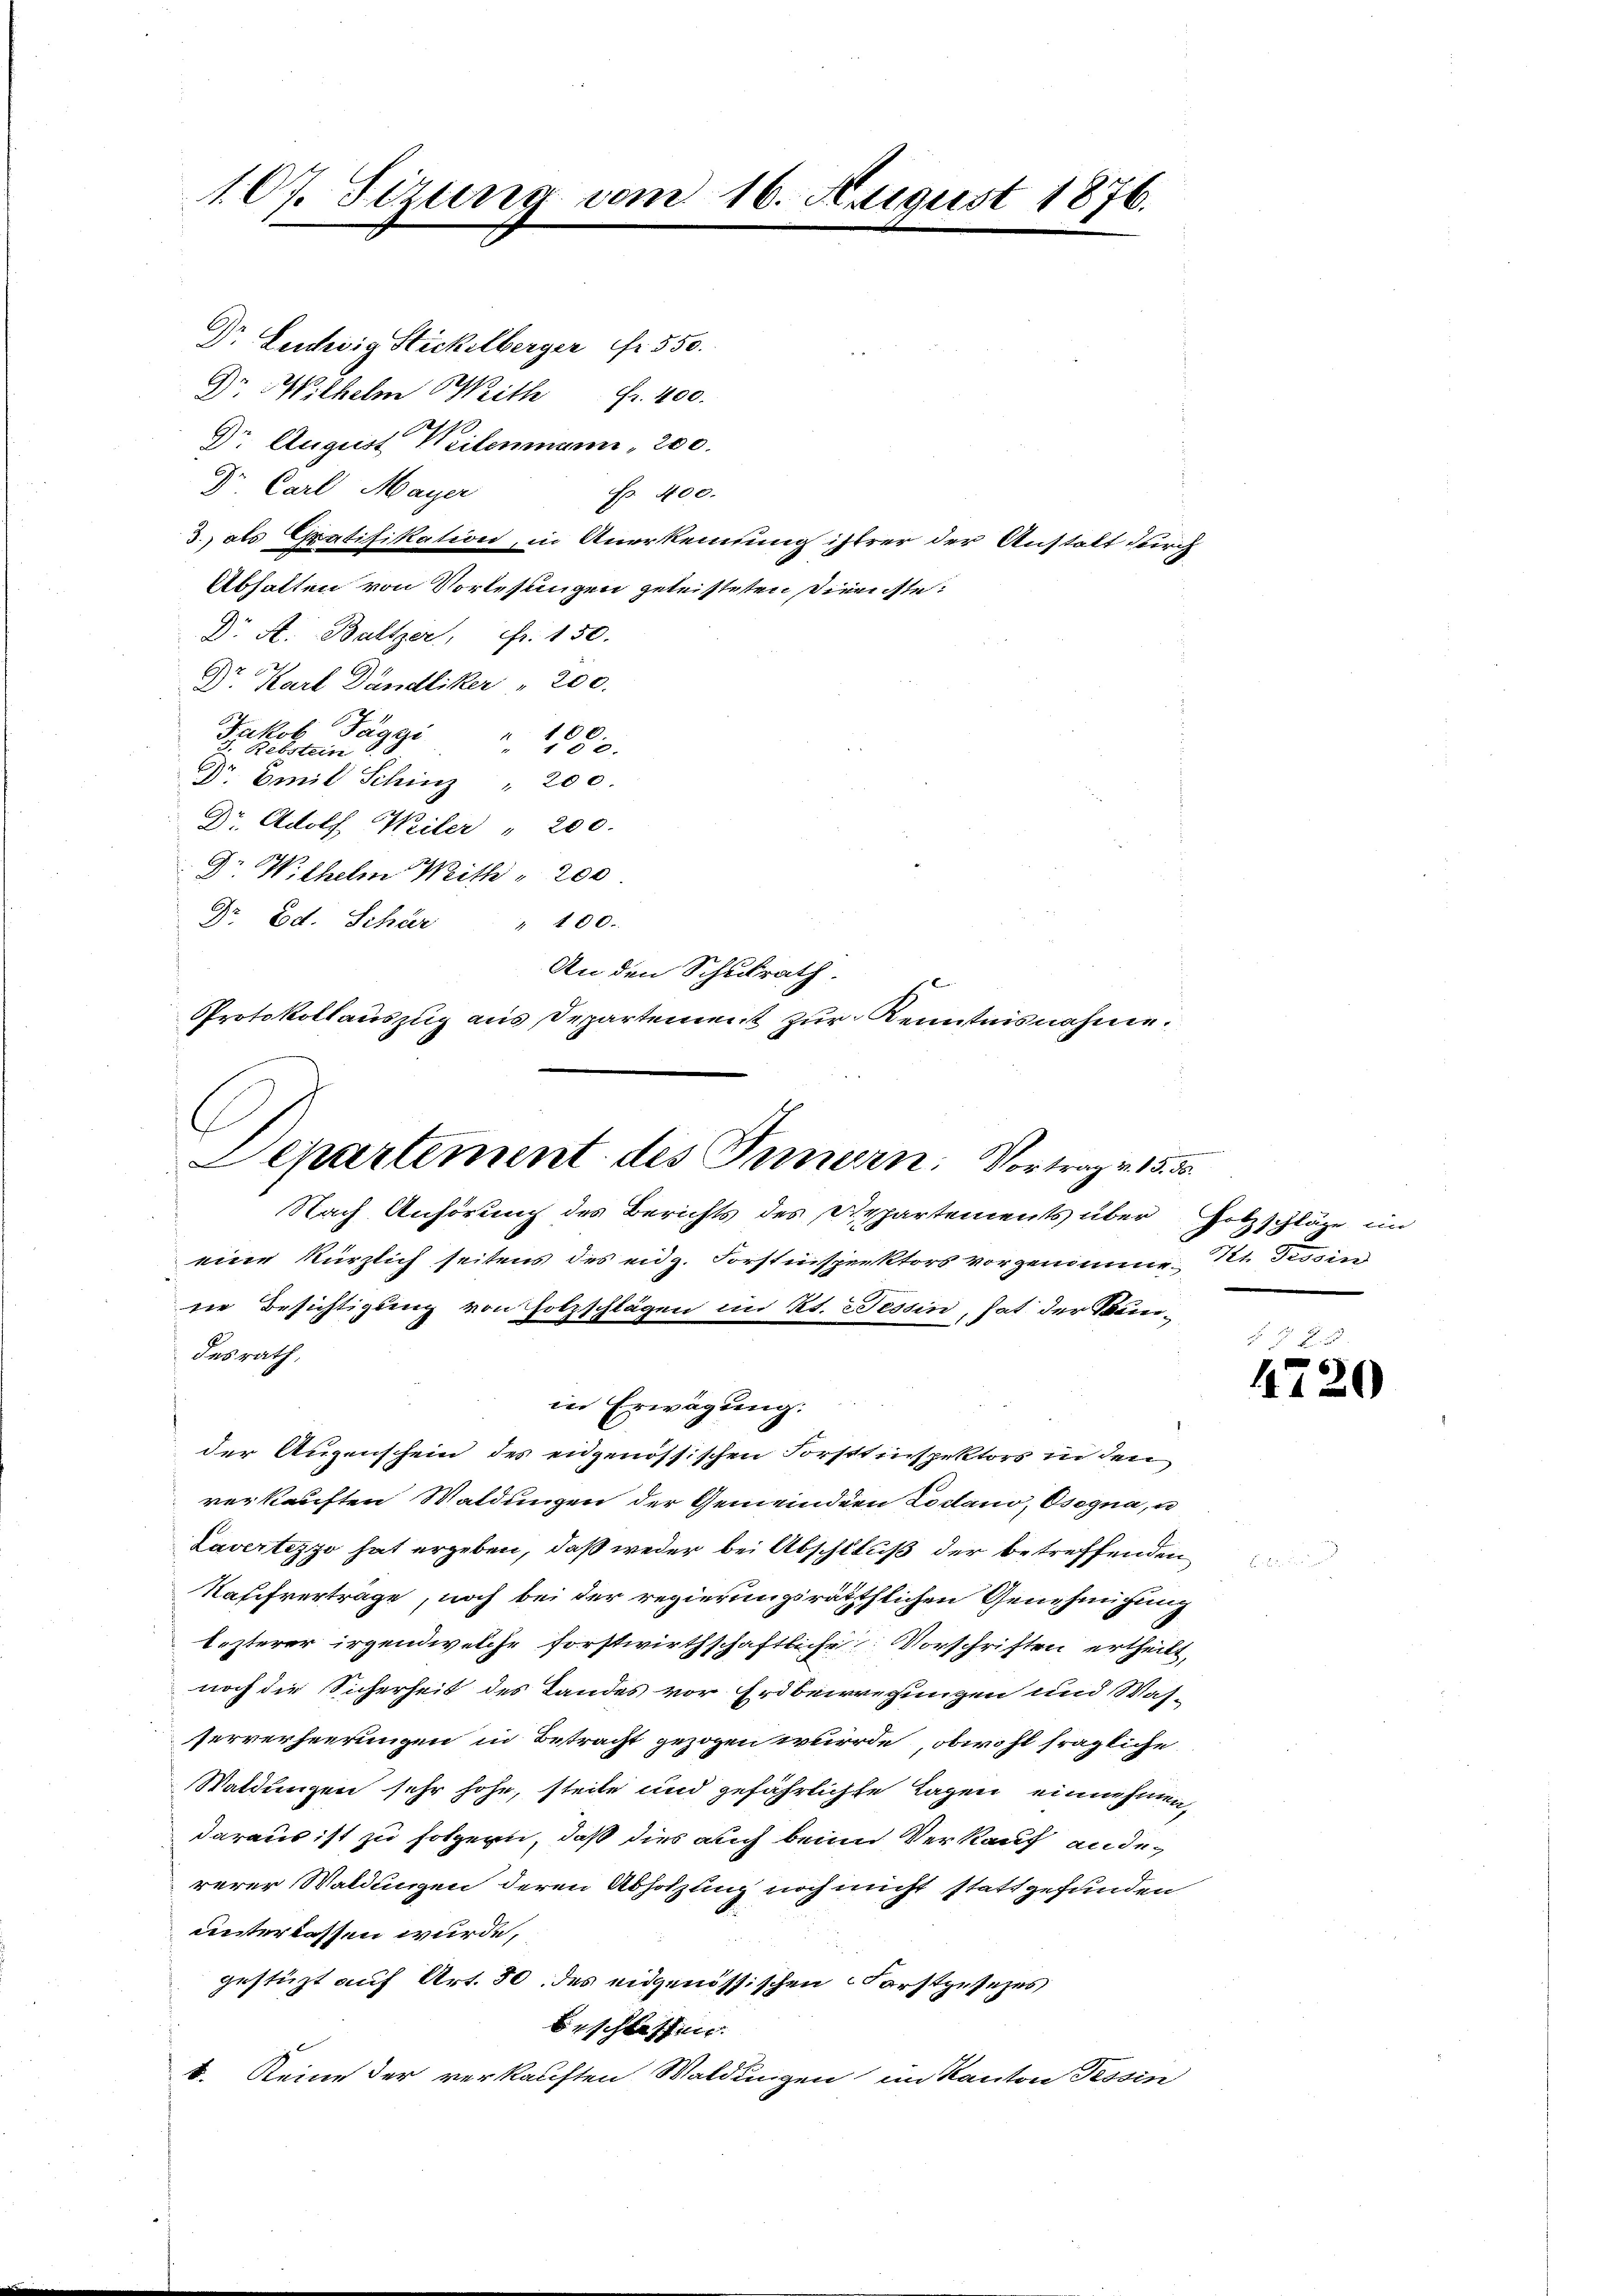
107. Sizung vom 16. August 1876.

Dr Leichwig Stickelberger Fr. 550.
Dr. Wilhelm Weith Fr. 400.
Dr. August Weitenmann, 200.
Dr. Carl Mayer
Abhalten von Vorlesungen geleisteten Dienste:
Dr A. Baltzer, Fr. 150.
A.
2. Karl Dändliker " 200.
Jakob Täggi
80
 1550.
 Rebstein
Dr. Emil Schinz " 200.
Dr. Adolf Weiler " 200.
D. Wilhelm Weith  200
Gr. Ed. Schär " 100.
An den Schulrath.
Protokollauszug aus Departement zur Kenntnisnahme.

Departement des Innern, Vortrag v. 15. 50.
Nach Anhörung des Berichts des Repartements über Holzschläge im
eine kürzlich seitens des eidg. Forstinspektors vorgenomme. In Tessin

desrath,

Fr. 400.
3. als Gratifikation, in Anerkennung ihrer der Anstalt durch

die Besichtigung von Holzschlägen im Kt. Tessin, hat der Bunin Erwägung.
der Augenschein des eidgenössischen Forstinspektors in den
verkauften Waldungen der Gemeindern Loctano, Osogna, u
Lavertezzo hat ergeben, daß weder bei Abschluß der betreffenden
Kaffvertrage, noch bei der regierungsräthlichen Genehmigung
lezterer irgendwelche forstwirthschaftliche Vorschriften ertheilt,
noch die Sicherheit des Landes vor Erdbeirregungen und Was-
serverheerungen in Betracht gezogen wurde, obwohl fragliche
Waldungen sehr hohe, steile und gefährlichte Lagen einnehmen,
daraus ist zu folgern, daß dies auch beim Verkauf andererer Waldungen deren Abhölzung noch nicht stattgefunden
unterlassen wurde,
gestüzt auf Art. 50 des eidgenössischen Forstgesezes
beschlaffen.
b. Keine der verkauften Waldungen im Kanton Tessin

4720